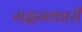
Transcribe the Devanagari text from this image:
मद्धमकारी